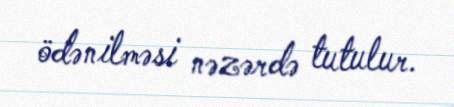
ödənilməsi nəzərdə tutulur.